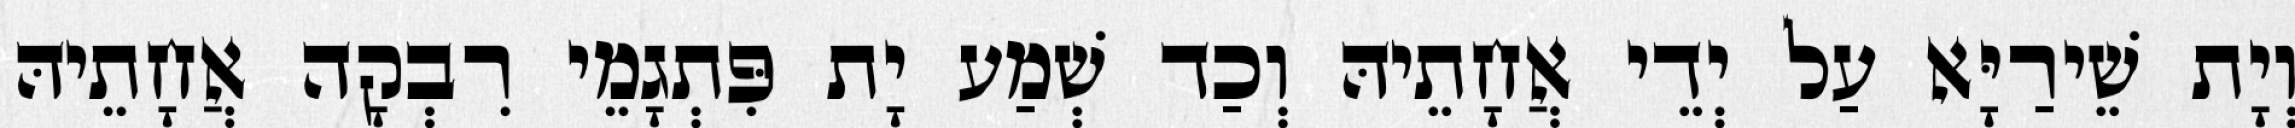
וְיָת שֵׁירַיָּא עַל יְדֵי אֲחָתֵיהּ וְכַד שְׁמַע יָת פִּתְגָמֵי רִבְקָה אֲחָתֵיהּ